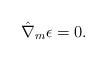
LaTeX: \begin{align*}\hat{\nabla}_m \epsilon = 0. \end{align*}